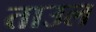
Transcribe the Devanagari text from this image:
ताउल